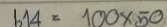
614 = 100 x 50